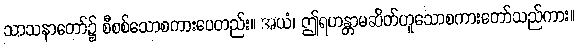
သာသနာတော်၌ စီစစ်သောစကားပေတည်း။ အယံ၊ ဤရဟန္တာမဆိတ်ဟူသောစကားတော်သည်ကား။